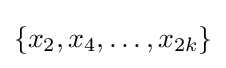
\{x_{2},x_{4},\ldots ,x_{2k}\}